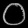
Digit: ၀